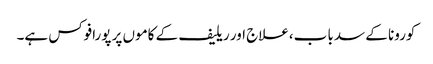
کورونا کے سدبا ب،علاج اور ریلیف کے کاموں پر پورافوکس ہے۔